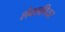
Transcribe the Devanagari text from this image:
शैक्सपियर